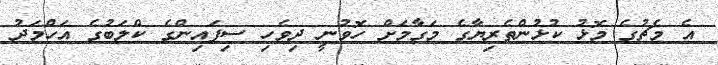
އެ މެޗުގެ މޮޅު ކުޅުންތެރިޔާގެ މަގާމަށް ހޮވުނީ ދިވެހި ސިފައިންގެ ކްލަބުގެ އަހްމަދު